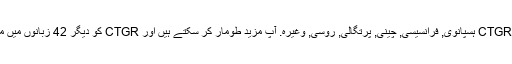
واپسی کے طور پر ، ہم کی مخفف کا ترجمہ کیا ہے CTGR ہسپانوی, فرانسیسی, چینی, پرتگالی, روسی, وغیرہ. آپ مزید طومار کر سکتے ہیں اور CTGR کو دیگر 42 زبانوں میں معنی تلاش کرنے کے لیے زبان مینیو پر کلک کریں ۔